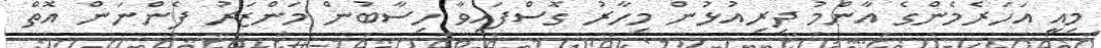
މިއީ އަހަރެމެންގެ އާންމު ދިރިއުޅުން މިހާރު ގޮސްފައިވާ ހިސާބުން މަންޒަރު ފެންނަން އޮތް